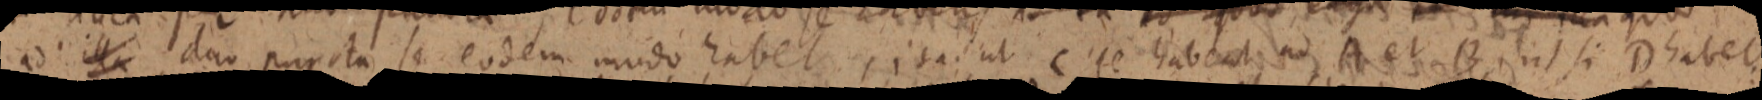
ad illi duo puncta se eodem modo habet, ita. ut C se habent ad A et B. ut si D habet